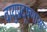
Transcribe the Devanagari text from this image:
वायुप्रदूषणास